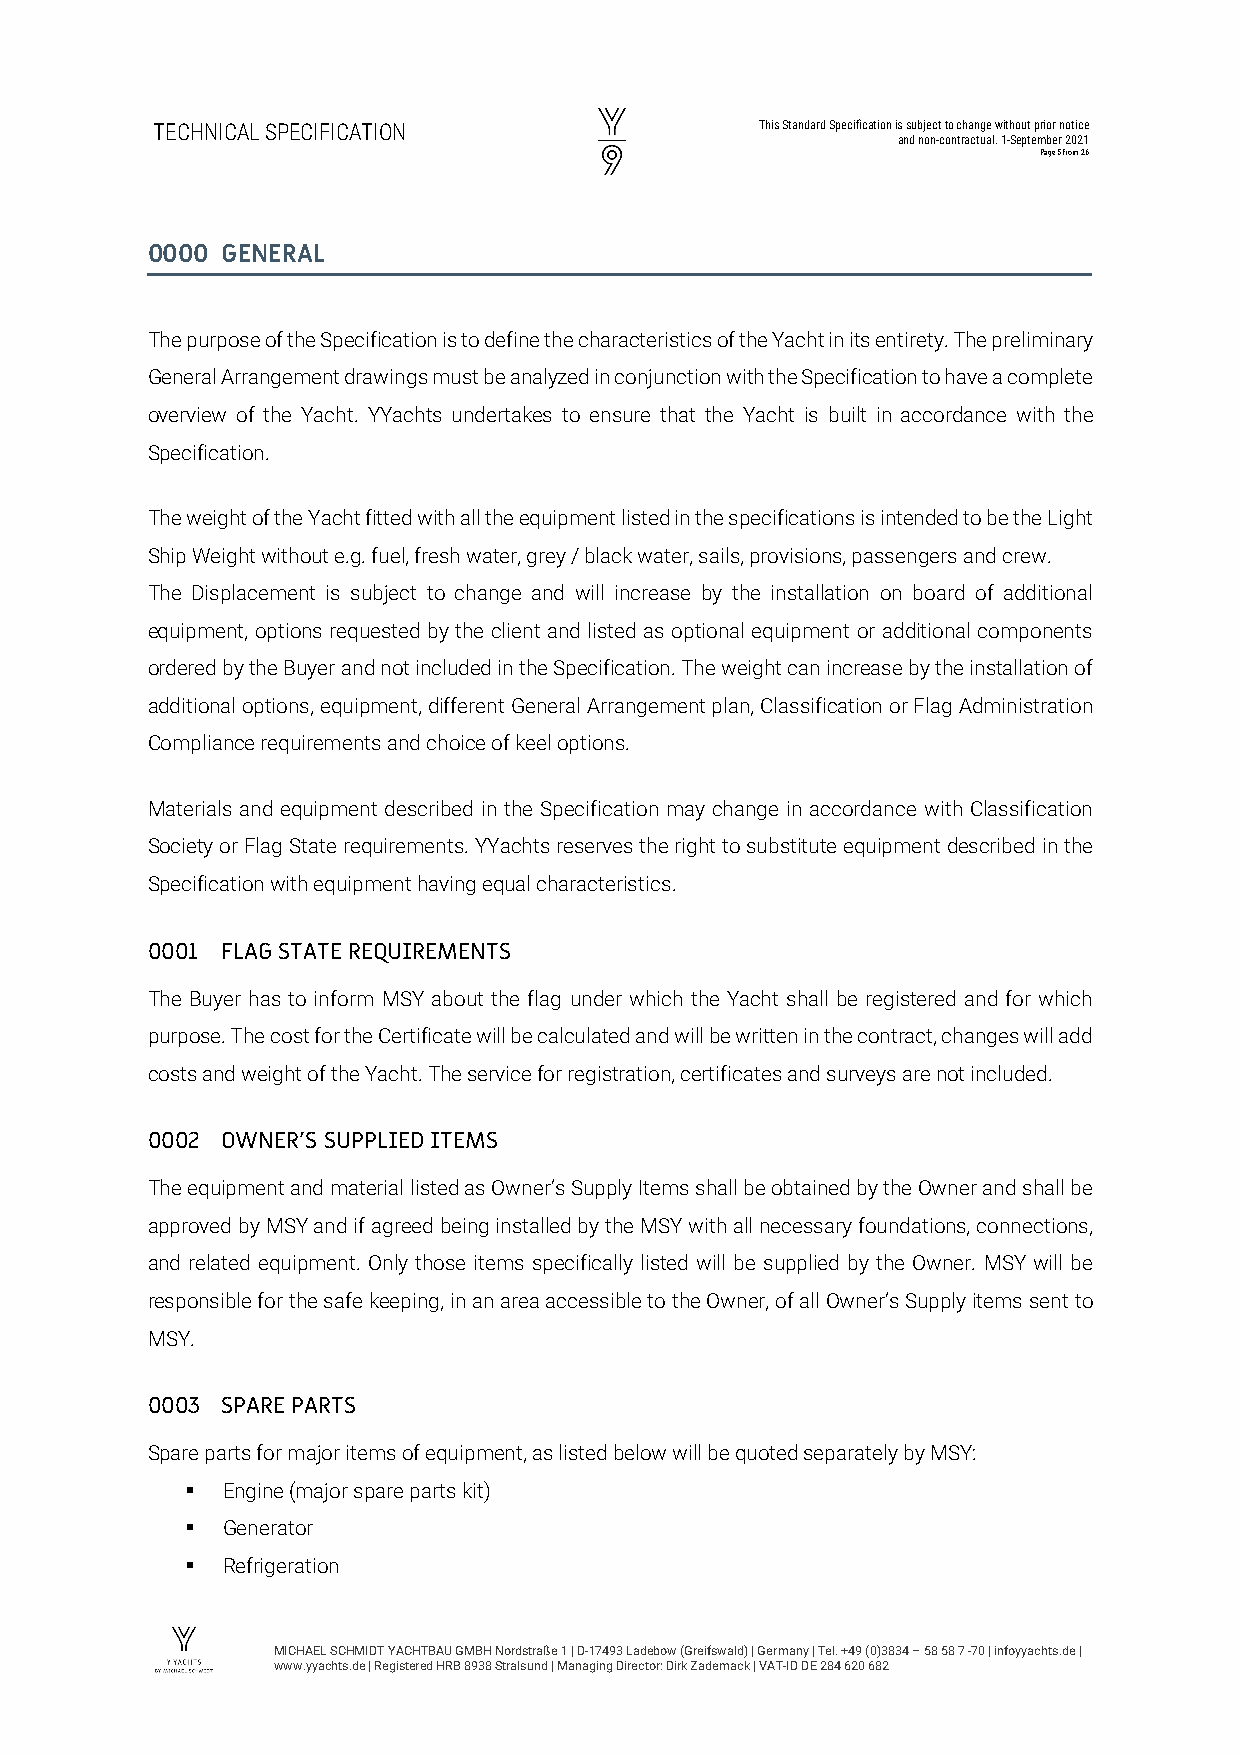
TECHNICAL SPECIFICATION                 This Standard Specification is subject to change without prior notice
 and non-contractual. 1-September 2021
 Page 5 from 26
 0000 GENERAL
 The purpose of the Specification is to define the characteristics of the Yacht in its entirety. The preliminary
 General Arrangement drawings must be analyzed in conjunction with the Specification to have a complete
 overview of the Yacht. YYachts undertakes to ensure that the Yacht is built in accordance with the
 Specification.
 The weight of the Yacht fitted with all the equipment listed in the specifications is intended to be the Light
 Ship Weight without e.g. fuel, fresh water, grey / black water, sails, provisions, passengers and crew.
 The Displacement is subject to change and will increase by the installation on board of additional
 equipment, options requested by the client and listed as optional equipment or additional components
 ordered by the Buyer and not included in the Specification. The weight can increase by the installation of
 additional options, equipment, different General Arrangement plan, Classification or Flag Administration
 Compliance requirements and choice of keel options.
 Materials and equipment described in the Specification may change in accordance with Classification
 Society or Flag State requirements. YYachts reserves the right to substitute equipment described in the
 Specification with equipment having equal characteristics.
 0001 FLAG STATE REQUIREMENTS
 The Buyer has to inform MSY about the flag under which the Yacht shall be registered and for which
 purpose. The cost for the Certificate will be calculated and will be written in the contract, changes will add
 costs and weight of the Yacht. The service for registration, certificates and surveys are not included.
 0002 OWNER’S SUPPLIED ITEMS
 The equipment and material listed as Owner’s Supply Items shall be obtained by the Owner and shall be
 approved by MSY and if agreed being installed by the MSY with all necessary foundations, connections,
 and related equipment. Only those items specifically listed will be supplied by the Owner. MSY will be
 responsible for the safe keeping, in an area accessible to the Owner, of all Owner’s Supply items sent to
 MSY.
 0003 SPARE PARTS
 Spare parts for major items of equipment, as listed below will be quoted separately by MSY:
   Engine (major spare parts kit)
   Generator
   Refrigeration
 MICHAEL SCHMIDT YACHTBAU GMBH Nordstraße 1 | D-17493 Ladebow (Greifswald) | Germany | Tel. +49 (0)3834 – 58 58 7 -70 | infoyyachts.de |
 www.yyachts.de | Registered HRB 8938 Stralsund | Managing Director: Dirk Zademack | VAT-ID DE 284 620 682